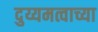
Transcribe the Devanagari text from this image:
दुय्यमत्वाच्या